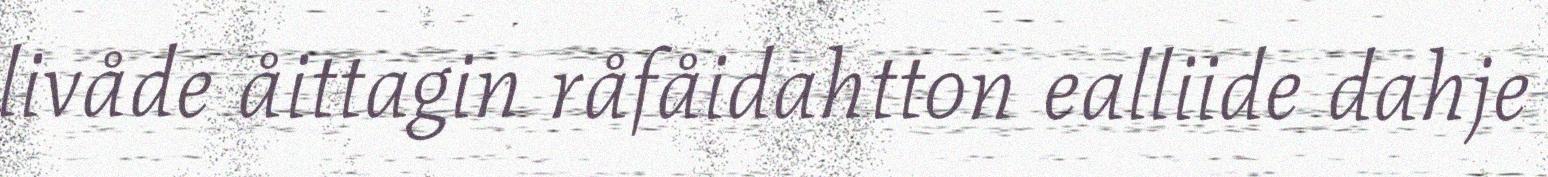
livåde åittagin råfåidahtton ealliide dahje